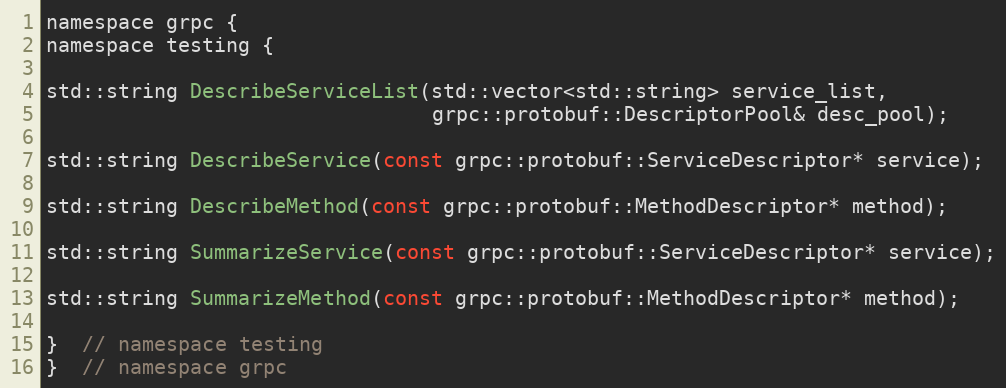
Language: C
namespace grpc {
namespace testing {

std::string DescribeServiceList(std::vector<std::string> service_list,
                                grpc::protobuf::DescriptorPool& desc_pool);

std::string DescribeService(const grpc::protobuf::ServiceDescriptor* service);

std::string DescribeMethod(const grpc::protobuf::MethodDescriptor* method);

std::string SummarizeService(const grpc::protobuf::ServiceDescriptor* service);

std::string SummarizeMethod(const grpc::protobuf::MethodDescriptor* method);

}  // namespace testing
}  // namespace grpc